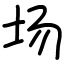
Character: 场